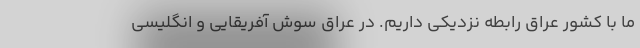
ما با کشور عراق رابطه نزدیکی داریم. در عراق سوش آفریقایی و انگلیسی